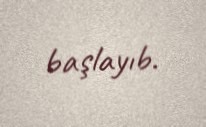
başlayıb.